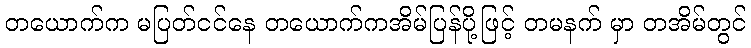
တယောက်က မပြတ်ငင်နေ တယောက်ကအိမ်ပြန်ပို့ဖြင့် တမနက် မှာ တအိမ်တွင်